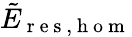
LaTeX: \tilde{E}_{\mathrm{~r~e~s~},\mathrm{~h~o~m~}}